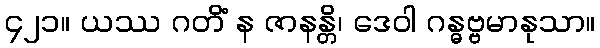
၄၂၁။ ယဿ ဂတိံ န ဇာနန္တိ၊ ဒေဝါ ဂန္ဓဗ္ဗမာနုသာ။